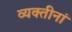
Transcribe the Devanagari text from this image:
व्यक्तीनां